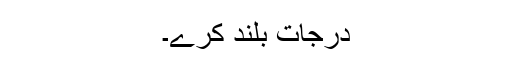
درجات بلند کرے۔